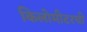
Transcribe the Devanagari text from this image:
किलोमीटरची